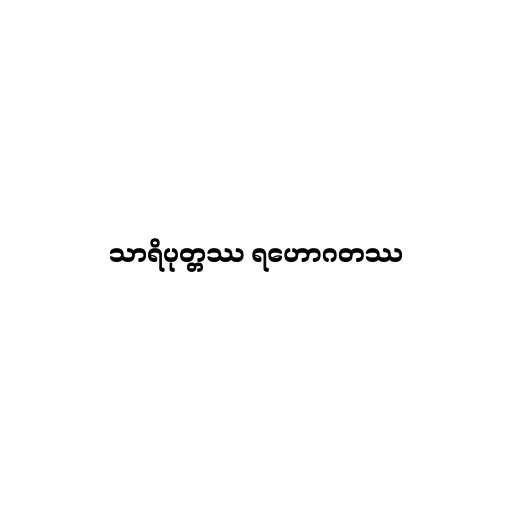
သာရိပုတ္တဿ ရဟောဂတဿ